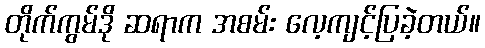
တိုက်ကွမ်ဒို ဆရာက အစမ်း လေ့ကျင့်ပြခဲ့တယ်။